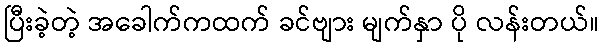
ပြီးခဲ့တဲ့ အခေါက်ကထက် ခင်ဗျား မျက်နှာ ပို လန်းတယ်။